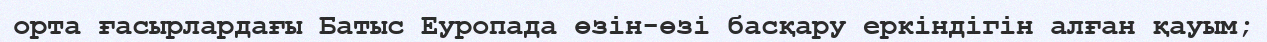
орта ғасырлардағы Батыс Еуропада өзін-өзі басқару еркіндігін алған қауым;